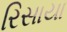
રિસાયા